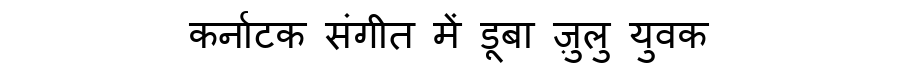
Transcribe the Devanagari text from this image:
कर्नाटक संगीत में डूबा ज़ुलु युवक